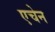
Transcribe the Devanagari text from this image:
एचेन